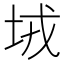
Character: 𡊸